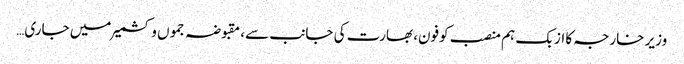
وزیر خارجہ کا ازبک ہم منصب کوفون، بھارت کی جانب سے، مقبوضہ جموں و کشمیر میں جاری…